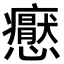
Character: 𭟢